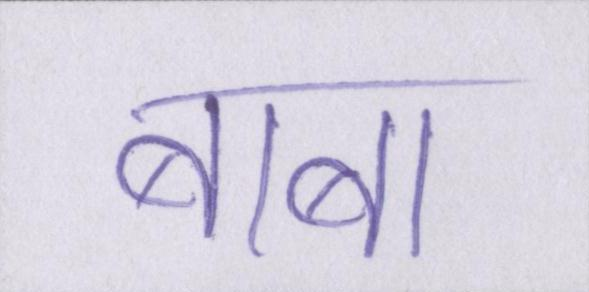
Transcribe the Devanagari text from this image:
बाबा